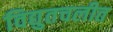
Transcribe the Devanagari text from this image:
विद्युतचलीत